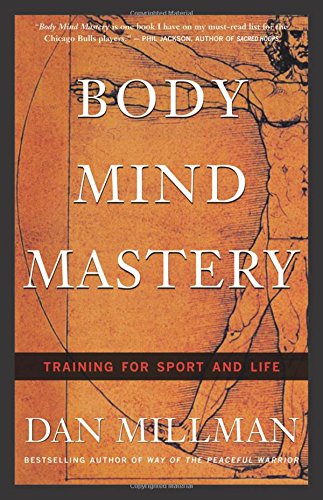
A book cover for Body Mind Mastery: Training For Sport and Life; Dan Millman; Sports & Outdoors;